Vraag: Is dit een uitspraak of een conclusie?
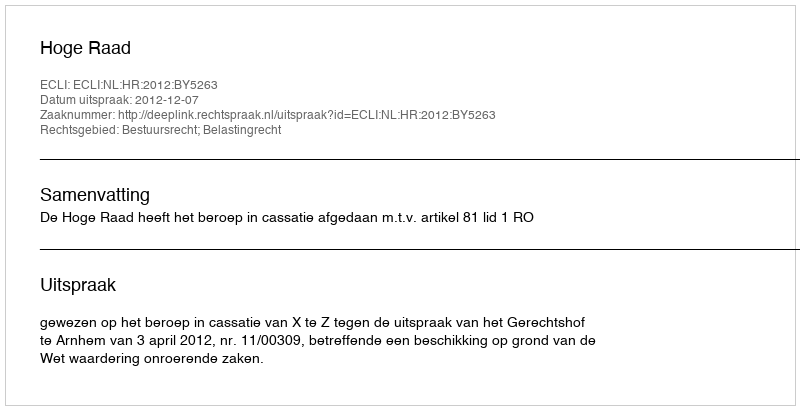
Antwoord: Uitspraak